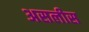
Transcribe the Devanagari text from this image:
असलीस